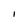
Character: I